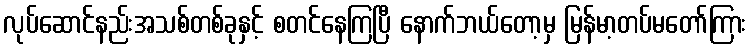
လုပ်ဆောင်နည်းအသစ်တစ်ခုနှင့် စတင်နေကြပြီ နောက်ဘယ်တော့မှ မြန်မာ့တပ်မတော်ကြား